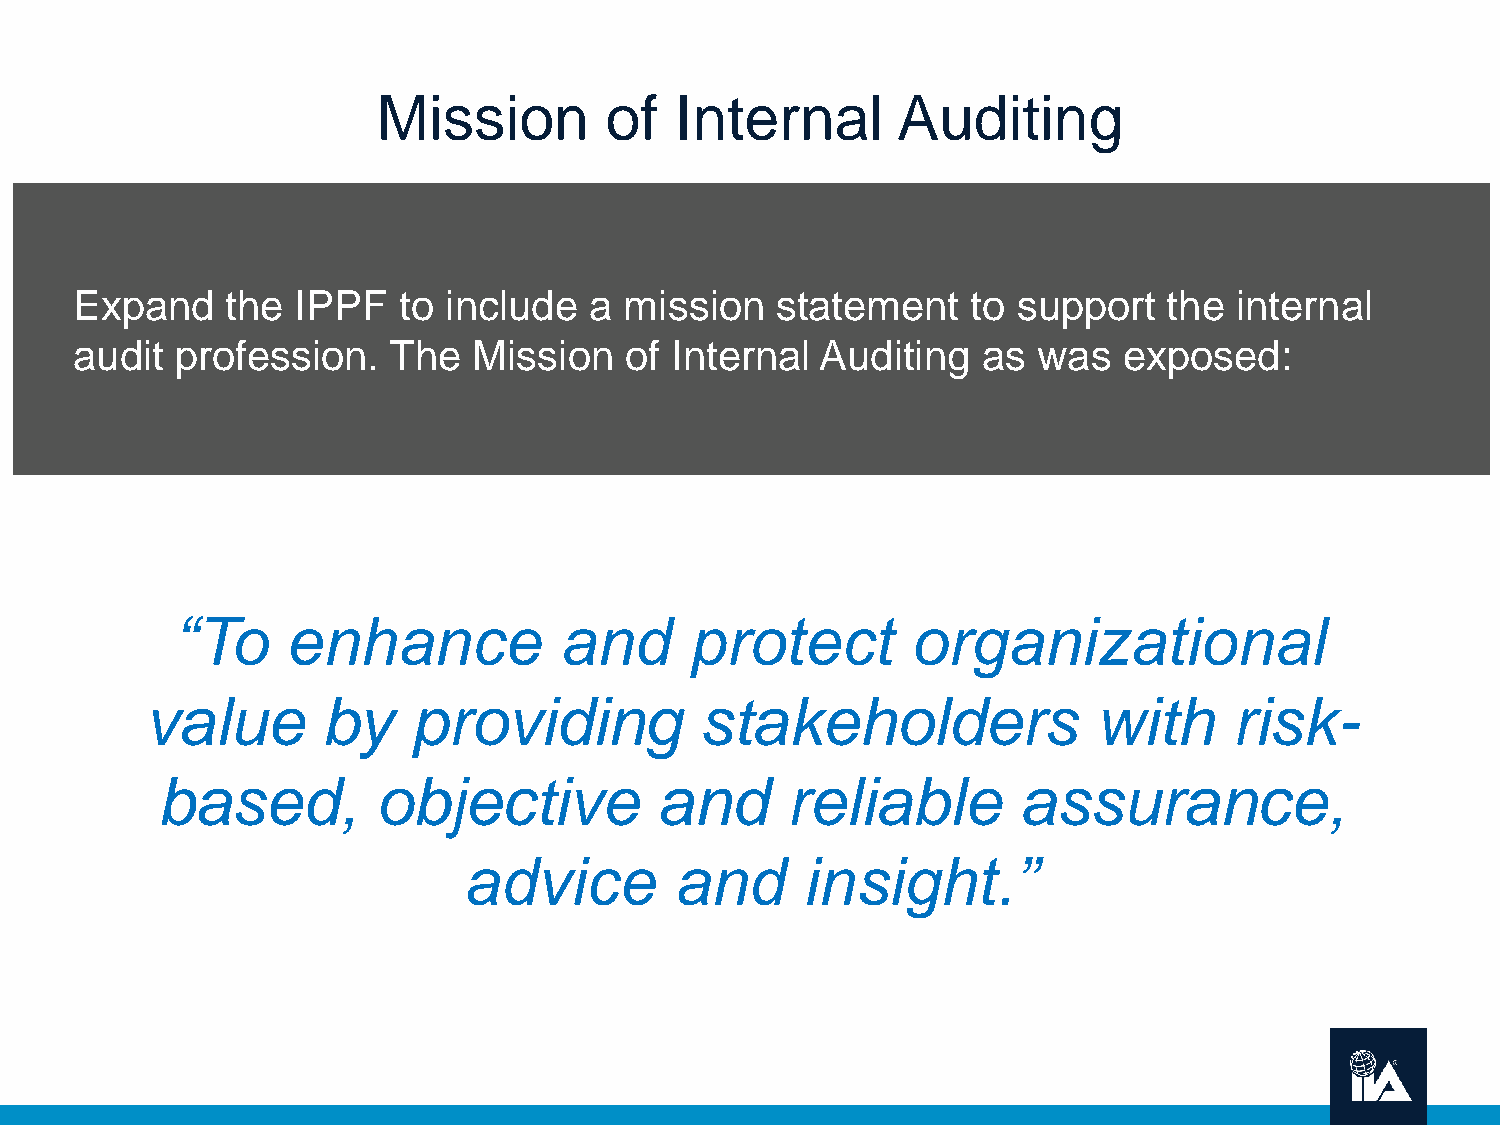
Mission        of   Internal      Auditing
 Expand    the  IPPF  to include   a mission   statement    to support   the  internal
 audit  profession.   The  Mission   of Internal  Auditing   as  was  exposed:
 “To    enhance           and      protect       organizational
 value      by    providing          stakeholders              with      risk-
 based,         objective         and      reliable       assurance,
 advice        and     insight.”